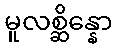
မူလစ္ဆိန္နော